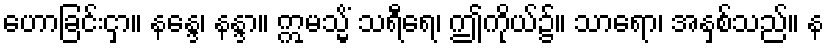
ဟောခြင်းငှာ။ နန္ဒေ၊ နန္ဒာ။ ဣမသ္မိံ သရီရေ၊ ဤကိုယ်၌။ သာရော၊ အနှစ်သည်။ န